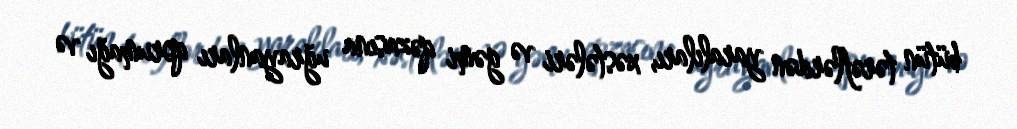
bütün tərəflərdən yaralıları, xəstələri və gəmi qəzasına uğrayanları qorumağı və